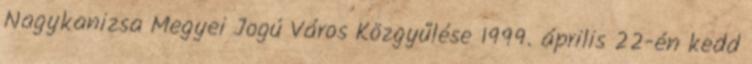
Nagykanizsa Megyei Jogú Város Közgyűlése 1999. április 22-én kedd